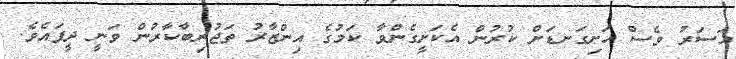
އަސަރު ވެސް ހަށިގަނޑަށް ކުރުން އެކަށީގެންވާ ކަމުގެ އިންޒާރު ތަޖުރިބާކާރުން ވަނީ ދީފައެވެ.